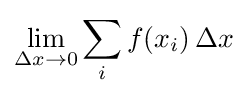
\lim _{\Delta x\rightarrow 0}\sum _{i}f(x_{i})\,\Delta x